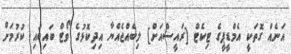
އަނެއް ގޮތަކީ އެމްޑީޕީގެ ޓިކެޓް [ރައީސްއަށް] ލިބެއްޖެއްޔާ އިދިކޮޅުގެ ވޯޓް ބައިބައި ކުރުމަށް